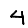
Digit: 4